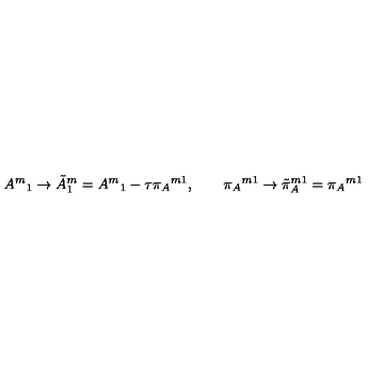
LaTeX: { A ^ { m } } _ { 1 } \to { \tilde { A } ^ { m } } _ { 1 } = { A ^ { m } } _ { 1 } - \tau { \pi _ { A } } ^ { m 1 } , \qquad { \pi _ { A } } ^ { m 1 } \to { \tilde { \pi } _ { A } } ^ { m 1 } = { \pi _ { A } } ^ { m 1 }